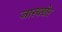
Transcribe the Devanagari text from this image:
जारबखेर